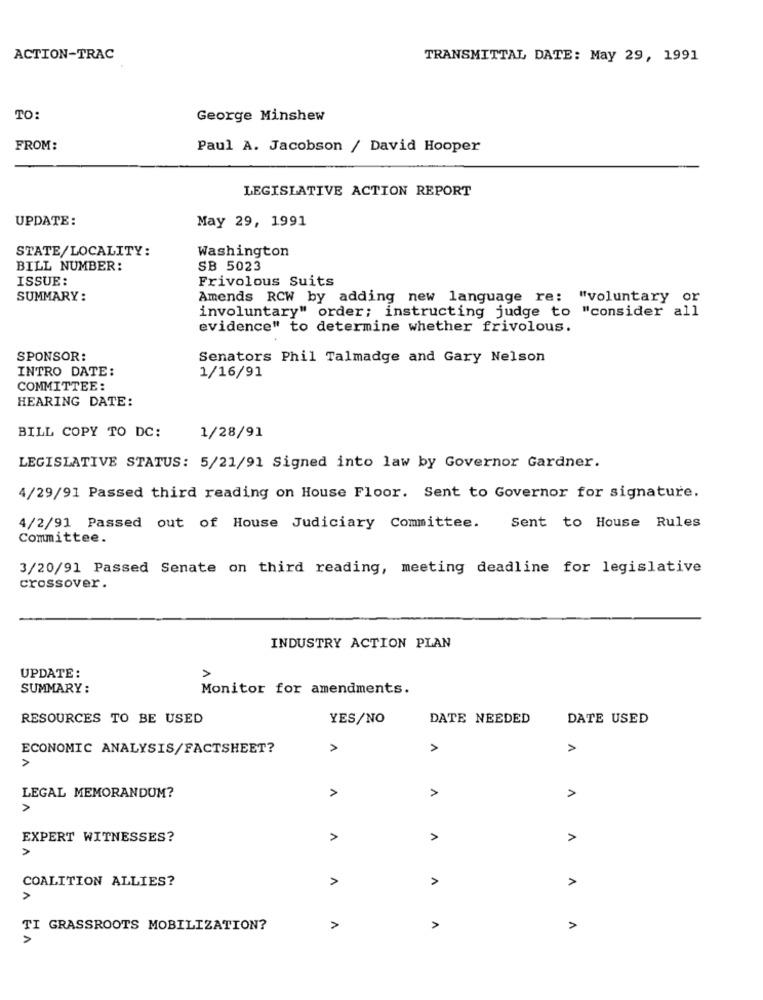
ACTION-TRAC
TRANSMITTAL DATE: May 29, 1991
TO:
George Minshew
FROM:
Paul A. Jacobson / David Hooper
LEGISLATIVE ACTION REPORT
UPDATE:
May 29, 1991
STATE/LOCALITY:
Washington
BILL NUMBER:
SB 5023
ISSUE:
Frivolous Suits
SUMMARY:
Amends RCW by adding new language re: "voluntary or
involuntary" order; instructing judge to "consider all
evidence" to determine whether frivolous.
SPONSOR:
Senators Phil Talmadge and Gary Nelson
INTRO DATE:
1/16/91
COMMITTEE:
HEARING DATE:
BILL COPY TO DC:
1/28/91
LEGISLATIVE STATUS: 5/21/91 Signed into law by Governor Gardner.
4/29/91 Passed third reading on House Floor. Sent to Governor for signature.
4/2/91 Passed out of House Judiciary Committee.
Sent to House Rules
Committee.
3/20/91 Passed Senate on third reading, meeting deadline for legislative
crossover.
INDUSTRY ACTION PLAN
UPDATE:
SUMMARY :
Monitor for amendments.
RESOURCES TO BE USED
YES/NO
DATE NEEDED
DATE USED
V
ECONOMIC ANALYSIS/FACTSHEET?
>
>
>
LEGAL MEMORANDUM?
>
>
>
EXPERT WITNESSES?
>
A
>
COALITION ALLIES?
A
>
>
TI GRASSROOTS MOBILIZATION?
A
>
A
>